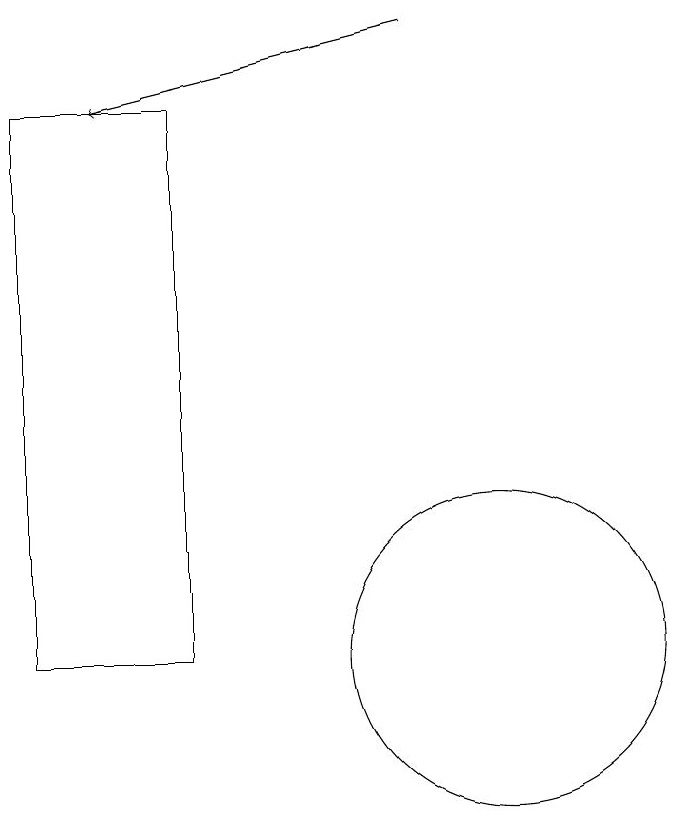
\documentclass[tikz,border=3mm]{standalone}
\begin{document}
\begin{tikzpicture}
\draw (6,10) rectangle (4,17);
\draw (10,10) circle (2);
\draw[->] (9,18) -- (5,17);
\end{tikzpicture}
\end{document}